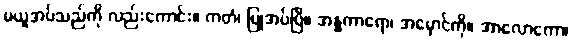
မယူအပ်သည်ကို လည်းကောင်း။ ကတံ၊ ပြုအပ်ပြီ။ အန္ဓကာရော၊ အမှောင်ကို။ အာလောကော၊